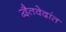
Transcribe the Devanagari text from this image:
द्वैतवेदांत